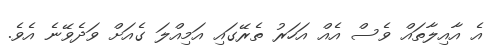
އެ އާއިލާތައް ވެސް އެއް އަހަރު ތެރޭގައި އަމިއްލަ ގެއަށް ވަދެވޭނެ އެވެ.